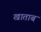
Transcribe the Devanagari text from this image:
खाताब